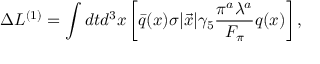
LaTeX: \Delta { \cal L } ^ { ( 1 ) } = \int d t d ^ { 3 } x \left[ \bar { q } ( x ) \sigma | \vec { x } | \gamma _ { 5 } \frac { \pi ^ { a } \lambda ^ { a } } { F _ { \pi } } q ( x ) \right] ,